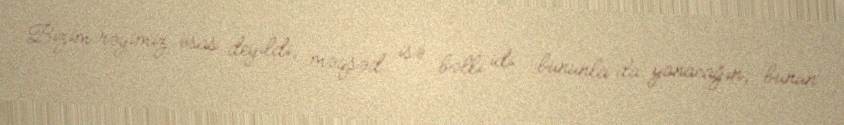
Bizim rəyimiz əsas deyildi, məqsəd isə bəlli idi - bununla da yanacağın, bunun